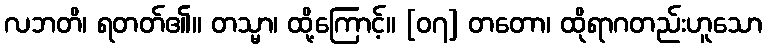
လဘတိ၊ ရတတ်၏။ တသ္မာ၊ ထို့ကြောင့်။ [၀၇] တတော၊ ထိုရာဂတည်းဟူသော